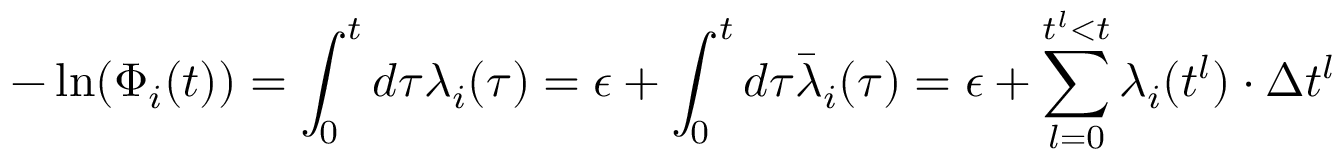
- \ln ( \Phi _ { i } ( t ) ) = \int _ { 0 } ^ { t } d \tau \lambda _ { i } ( \tau ) = \epsilon + \int _ { 0 } ^ { t } d \tau \bar { \lambda } _ { i } ( \tau ) = \epsilon + \sum _ { l = 0 } ^ { t ^ { l } < t } \lambda _ { i } ( t ^ { l } ) \cdot \Delta t ^ { l }